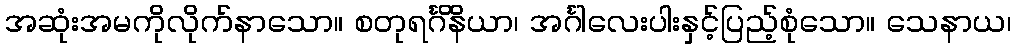
အဆုံးအမကိုလိုက်နာသော။ စတုရင်္ဂိနိယာ၊ အင်္ဂါလေးပါးနှင့်ပြည့်စုံသော။ သေနာယ၊